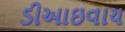
ડીઆઇવાય